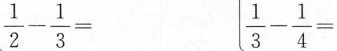
$$\frac { 1 } { 2 }- \frac { 1 } { 3 } =$$ $$\frac { 1 } { 3 } - \frac { 1 } { 4 } =$$